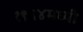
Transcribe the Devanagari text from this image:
१९६४मध्यी